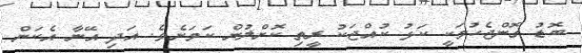
ބޮޑު ގޮންޖެހުމަކީ ކަޅު ކުއްޖަކު ރީތި ކޮށްލުން ކަމަށެވެ. އަދި އޭނާ އެކަން